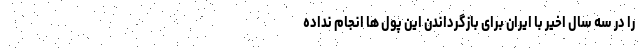
را در سه سال اخیر با ایران برای بازگرداندن این پول ها انجام نداده